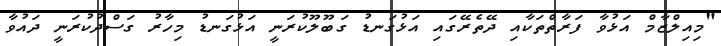
"މިއިލްޒާމް އަޅުވާ ފަރާތްތަކާއި ދޭތެރޭގައި އަޅުގަނޑު ގަބޫލޫކުރަނީ އަޅުގަނޑު މިހާރު ގަސްދުކުރަނީ ދައުވާ